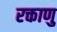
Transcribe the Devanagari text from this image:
रक्ताणु